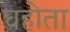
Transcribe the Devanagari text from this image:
घहोता